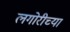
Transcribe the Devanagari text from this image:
लगोरीच्या